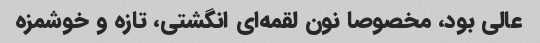
عالی بود، مخصوصا نون لقمه‌ای انگشتی، تازه و خوشمزه